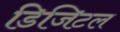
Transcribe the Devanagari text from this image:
डिजिटल